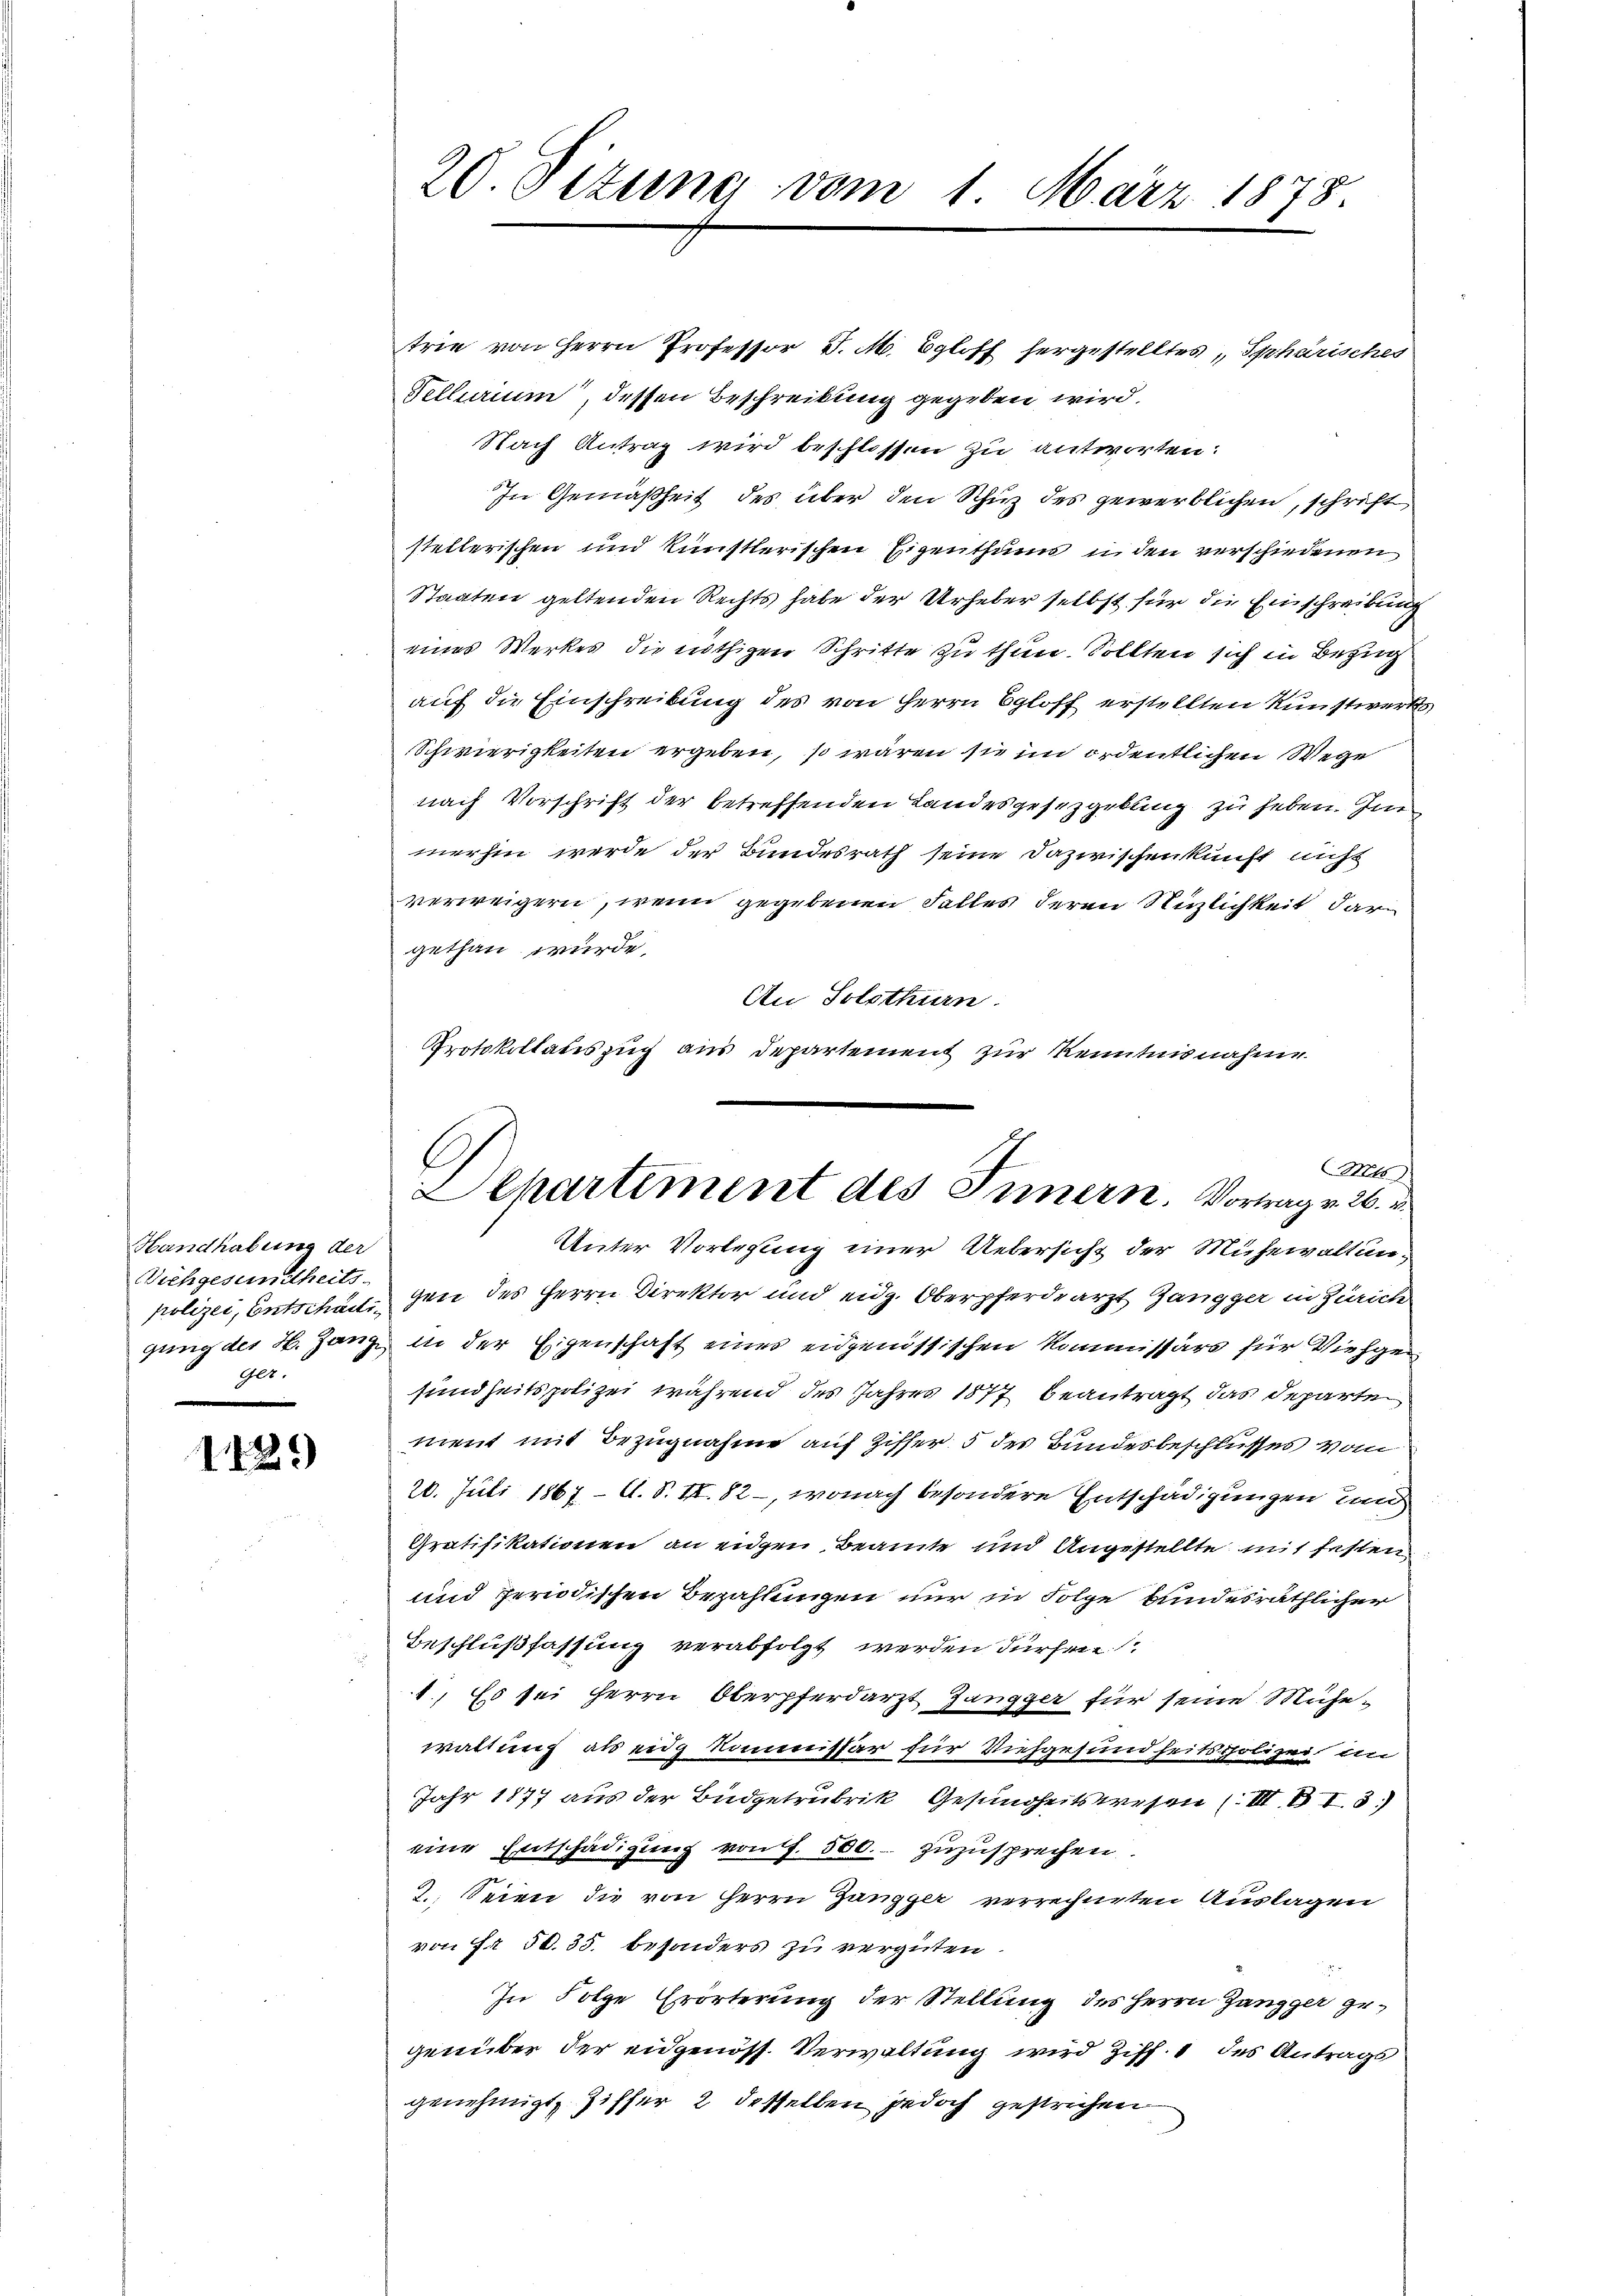
Handhabung der
Vichgesundheits-
Ger.

1429)

20. Situng vom 1. März 1878.

trie von Herrn Professor d. M. Egloff hergestelltes, Sphärisches
Fellurium, dessen Beschreibung gegeben wird.
Nach Antrag wird beschlossen zu antworten:
In Gemäßheit des über den Schutz des gewerblichen, schrift
stellerischen und künstlerischen Eigenthums in den verschiedenen
Staaten geltenden Rechts habe der Urheber selbst für die Einschreibung
eines Werkes die nöthigen Schritte zu thun. Sollten sich in Bezug
auf die Einschreibung des von Herrn Egloff erstellten Kunstwerks
Schwierigkeiten ergeben, so wären sie im ordentlichen Wege
nach Vorschrift der betreffenden Landesgesetzgebung zu haben. In
merhin werde der Bundesrath seine Dazwischenkunft nicht
verweigern, wenn gegebenen Falles deren Nuzlichkeit dar
gethan wurde.
An Solothurn.
Protokollauszug aus Departement zur Kenntnisnahme

C.
Aus
EChartiment des Innern. Vortrag v. 26.

Unter Vorlegung einer Uebersicht der Mühewaltunpolizei, Entschen, gen des Herrn Direktor und eidg. Oberpferdearzt Gangger in Zürich
gung des H. Hang in der Eigenschaft eines eidgenössischen Kommissärs für Viehgesundheitspolizei während des Jahres 1877 beantragt das Departen
ment mit Bezugnahme auf Ziffer, 5 des Bundesbeschlusses vom
20. Juli 1867 - A. S. II. 82 –, wonach besondere Entschädigungen und
Gratifikationen an eidgen Beamte und Angestellte mit festen
und periodischen Bezahlungen nur in Folge bundesräthlicher
Beschlußfassung verabfolgt werden dürfen
1. Es sei Herrn Oberpferdarzt Zangger für seine Mühewaltung als eidg Kommissär für Viehgesundheitspolizei, in
Jahr 1877 aus der Budgetrubrik Gesundheitswesen (III. B I. 3.)
eine Entschädigung von f. 500. zuzusprechen.
2. Seien die von Herrn Zangger verrechneten Auslagen
von Fr. 50. 35. besonders zu vergüten
In Folge Erörterung der Stellung des Herrn Zangger gegenüber der eidgenöss. Verwaltung wird Ziff. 1 des Antrags
genehmigt. Ziffer 2 desselben jedoch gestrichen